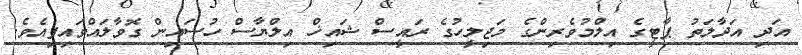
އަދި އަދާލަތު ޕާޓީގެ އިލްމުވެރިންގެ މަޖިލީހުގެ ރައީސް ޝައިޚް އިލްޔާސް ހުސައިން ގޮވާލައްވައިފިއެވެ.